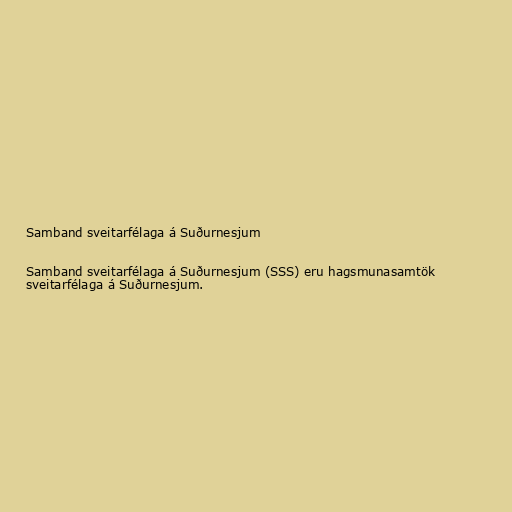
Samband sveitarfélaga á Suðurnesjum

Samband sveitarfélaga á Suðurnesjum (SSS) eru hagsmunasamtök
sveitarfélaga á Suðurnesjum.